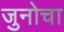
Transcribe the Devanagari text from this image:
जुनोचा